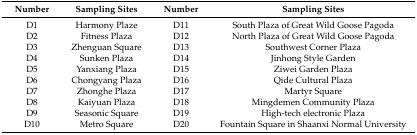
<table><thead><tr><td><b>Number</b></td><td><b>Sampling Sites</b></td><td><b>Number</b></td><td><b>Sampling Sites</b></td></tr></thead><tbody><tr><td>D1</td><td>Harmony Plaze</td><td>D11</td><td>South Plaza of Great Wild Goose Pagoda</td></tr><tr><td>D2</td><td>Fitness Plaza</td><td>D12</td><td>North Plaza of Great Wild Goose Pagoda</td></tr><tr><td>D3</td><td>Zhenguan Square</td><td>D13</td><td>Southwest Corner Plaza</td></tr><tr><td>D4</td><td>Sunken Plaza</td><td>D14</td><td>Jinhong Style Garden</td></tr><tr><td>D5</td><td>Yanxiang Plaza</td><td>D15</td><td>Ziwei Garden Plaza</td></tr><tr><td>D6</td><td>Chongyang Plaza</td><td>D16</td><td>Qide Cultural Plaza</td></tr><tr><td>D7</td><td>Zhonghe Plaza</td><td>D17</td><td>Martyr Square</td></tr><tr><td>D8</td><td>Kaiyuan Plaza</td><td>D18</td><td>Mingdemen Community Plaza</td></tr><tr><td>D9</td><td>Seasonic Square</td><td>D19</td><td>High-tech electronic Plaza</td></tr><tr><td>D10</td><td>Metro Square</td><td>D20</td><td>Fountain Square in Shaanxi Normal University</td></tr></tbody></table>